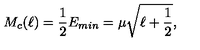
M _ { c } ( \ell ) = \frac { 1 } { 2 } E _ { m i n } = \mu \sqrt { \ell + \frac { 1 } { 2 } } ,